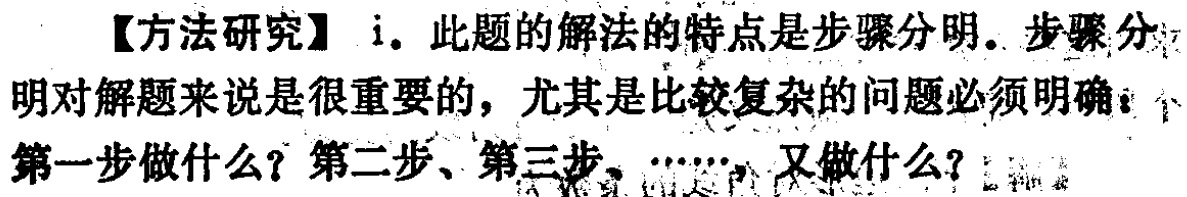
【方法研究】i. 此题的解法的特点是步骤分明。步骤分明对解题来说是很重要的，尤其是比较复杂的问题必须明确：第一步做什么？第二步、第三步、……，又做什么？